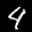
Label: 4